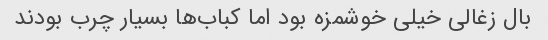
بال زغالی خیلی خوشمزه بود اما کباب‌ها بسیار چرب بودند